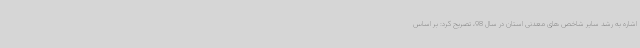
اشاره به رشد سایر شاخص های معدنی استان در سال 98، تصریح کرد: بر اساس